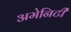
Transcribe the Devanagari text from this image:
अमेनिटी